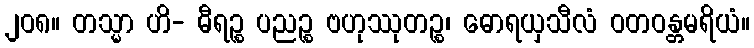
၂၀၈။ တသ္မာ ဟိ- ဓီရဉ္စ ပညဉ္စ ဗဟုဿုတဉ္စ၊ ဓောရယှသီလံ ဝတဝန္တမရိယံ။